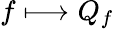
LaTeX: f\longmapsto Q_{f}~